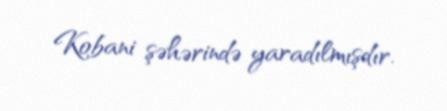
Kobani şəhərində yaradılmışdır.